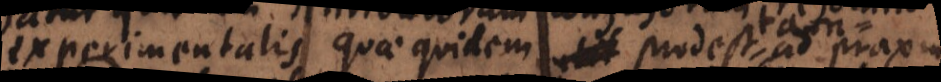
experimentalis, quae quidem util ad praxin